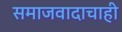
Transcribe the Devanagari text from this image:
समाजवादाचाही